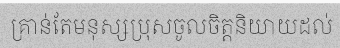
គ្រាន់តែមនុស្សប្រុសចូលចិត្តនិយាយដល់